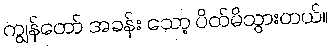
ကျွန်တော် အခန်း သော့ ပိတ်မိသွားတယ်။